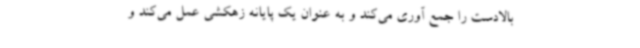
بالادست را جمع آوری می‌کند و به عنوان یک پایانه زهکشی عمل می‌کند و